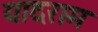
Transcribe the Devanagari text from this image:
यादराम